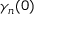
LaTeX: \gamma _ { n } ( 0 )